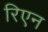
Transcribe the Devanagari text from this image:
रिएन